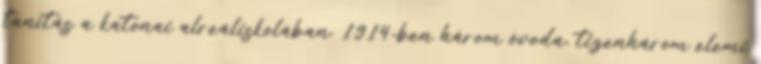
tanítás a katonai alreáliskolában. 1914-ben három óvoda, tizenhárom elemi